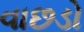
વાછડો